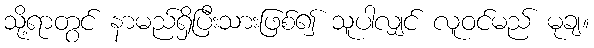
သို့ရာတွင် နာမည်ရှိပြီးသားဖြစ်၍ သူပါလျှင် လူဝင်မည် မုချ။